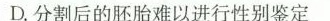
D.分割后的胚胎难以进行性别鉴定